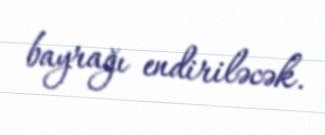
bayrağı endiriləcək.